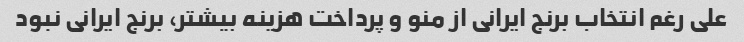
علی رغم انتخاب برنج ایرانی از منو و پرداخت هزینه بیشتر، برنج ایرانی نبود